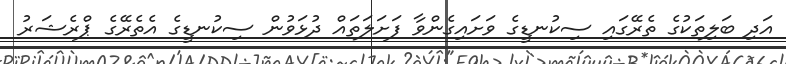
އަދި ބަލިތަކުގެ ތެރޭގައި ސިކުނޑީގެ ވަށައިގެންވާ ފަށަލަތައް ދުޅަވުން ސިކުނޑީގެ އެތެރޭގެ ޕްރެޝަރު